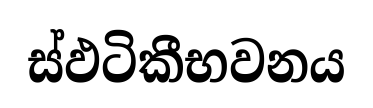
ස්ඵටිකීභවනය